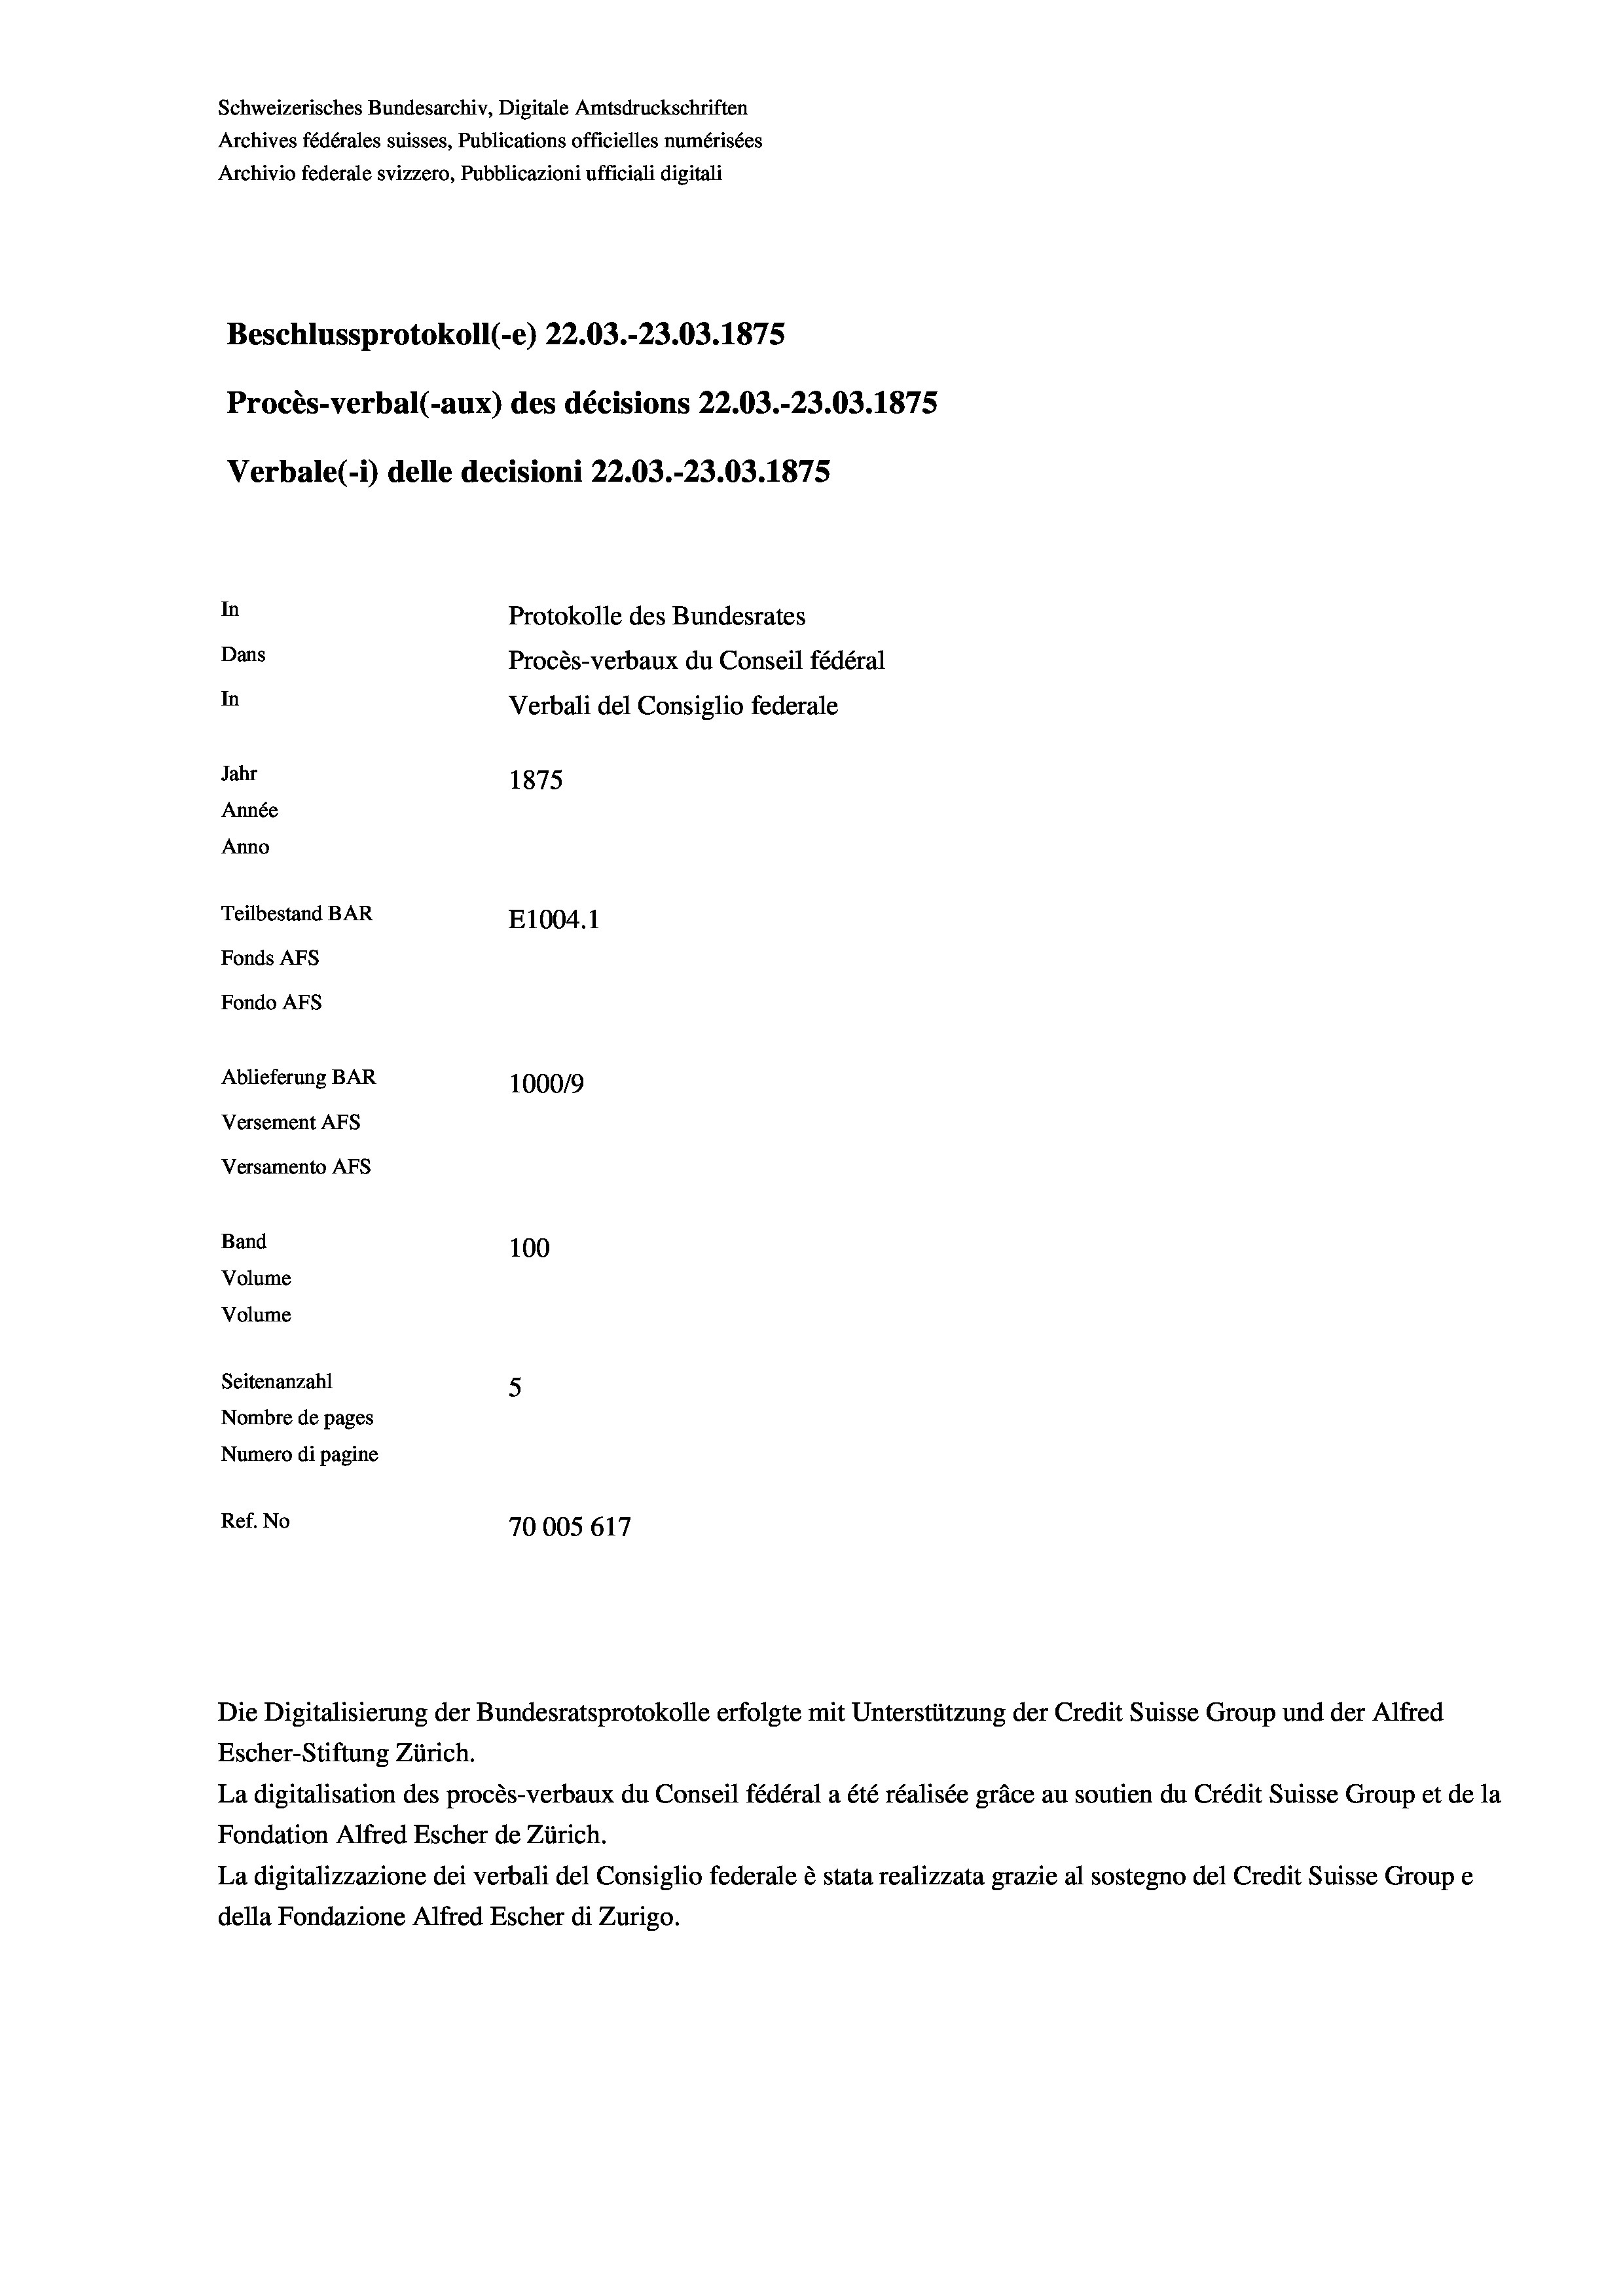
Schweizerisches Bundesarchiv, Digitale Amtsdruckschriften
Archives fédérales suisses, Publications officielles numérisées
Archivio federale svizzero, Pubblicazioni ufficiali digitali
Beschlussprotokoll (-e) 22.03.-23.03. 1875
Procès-verbal (-aux) des décisions 22.03.-23.03. 1875
Verbale (- 1) delle decisioni 22.03.-23.03. 1875
In
Protokolle des Bundesrates
Dans
Procès-verbaux du Conseil fédéral
In
Verbali del Consiglio federale
Jahr
1875
Année
Anno
Teilbestand BAR
E1004.1
Fonds AFs
Fondo AFS
Ablieferung BAR
100019
Versement AFs
Versamento AFs
Band
100
Volume
Volume
Seitenanzahl
5
Nombre de pages
Numero di pagine
Ref. No
70005617

Escher-Stiftung Zürich.
La digitalisation des procès-verbaux du Conseil fédéral a été réalisée gräce au soutien du Crédit Suisse Group et de la
Fondation Alfred Escher de Zürich.
La digitalizzazione dei verbali del Consiglio federale è stata realizzata grazie al sostegno del Credit Suisse Groupe
della Fondazione Alfred Escher di Zurigo.

Die Digitalisierung der Bundesratsprotokolle erfolgte mit Unterstützung der Credit Suisse Group und der Alfred